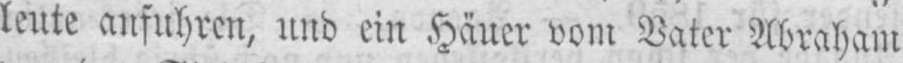
lente anfuhren, und ein Häuer vom Vater Abraham